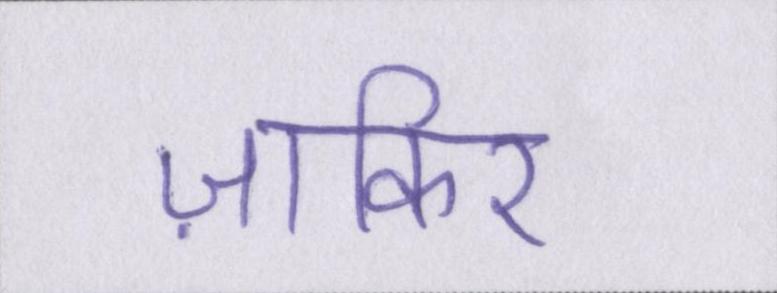
ज़ाकिर